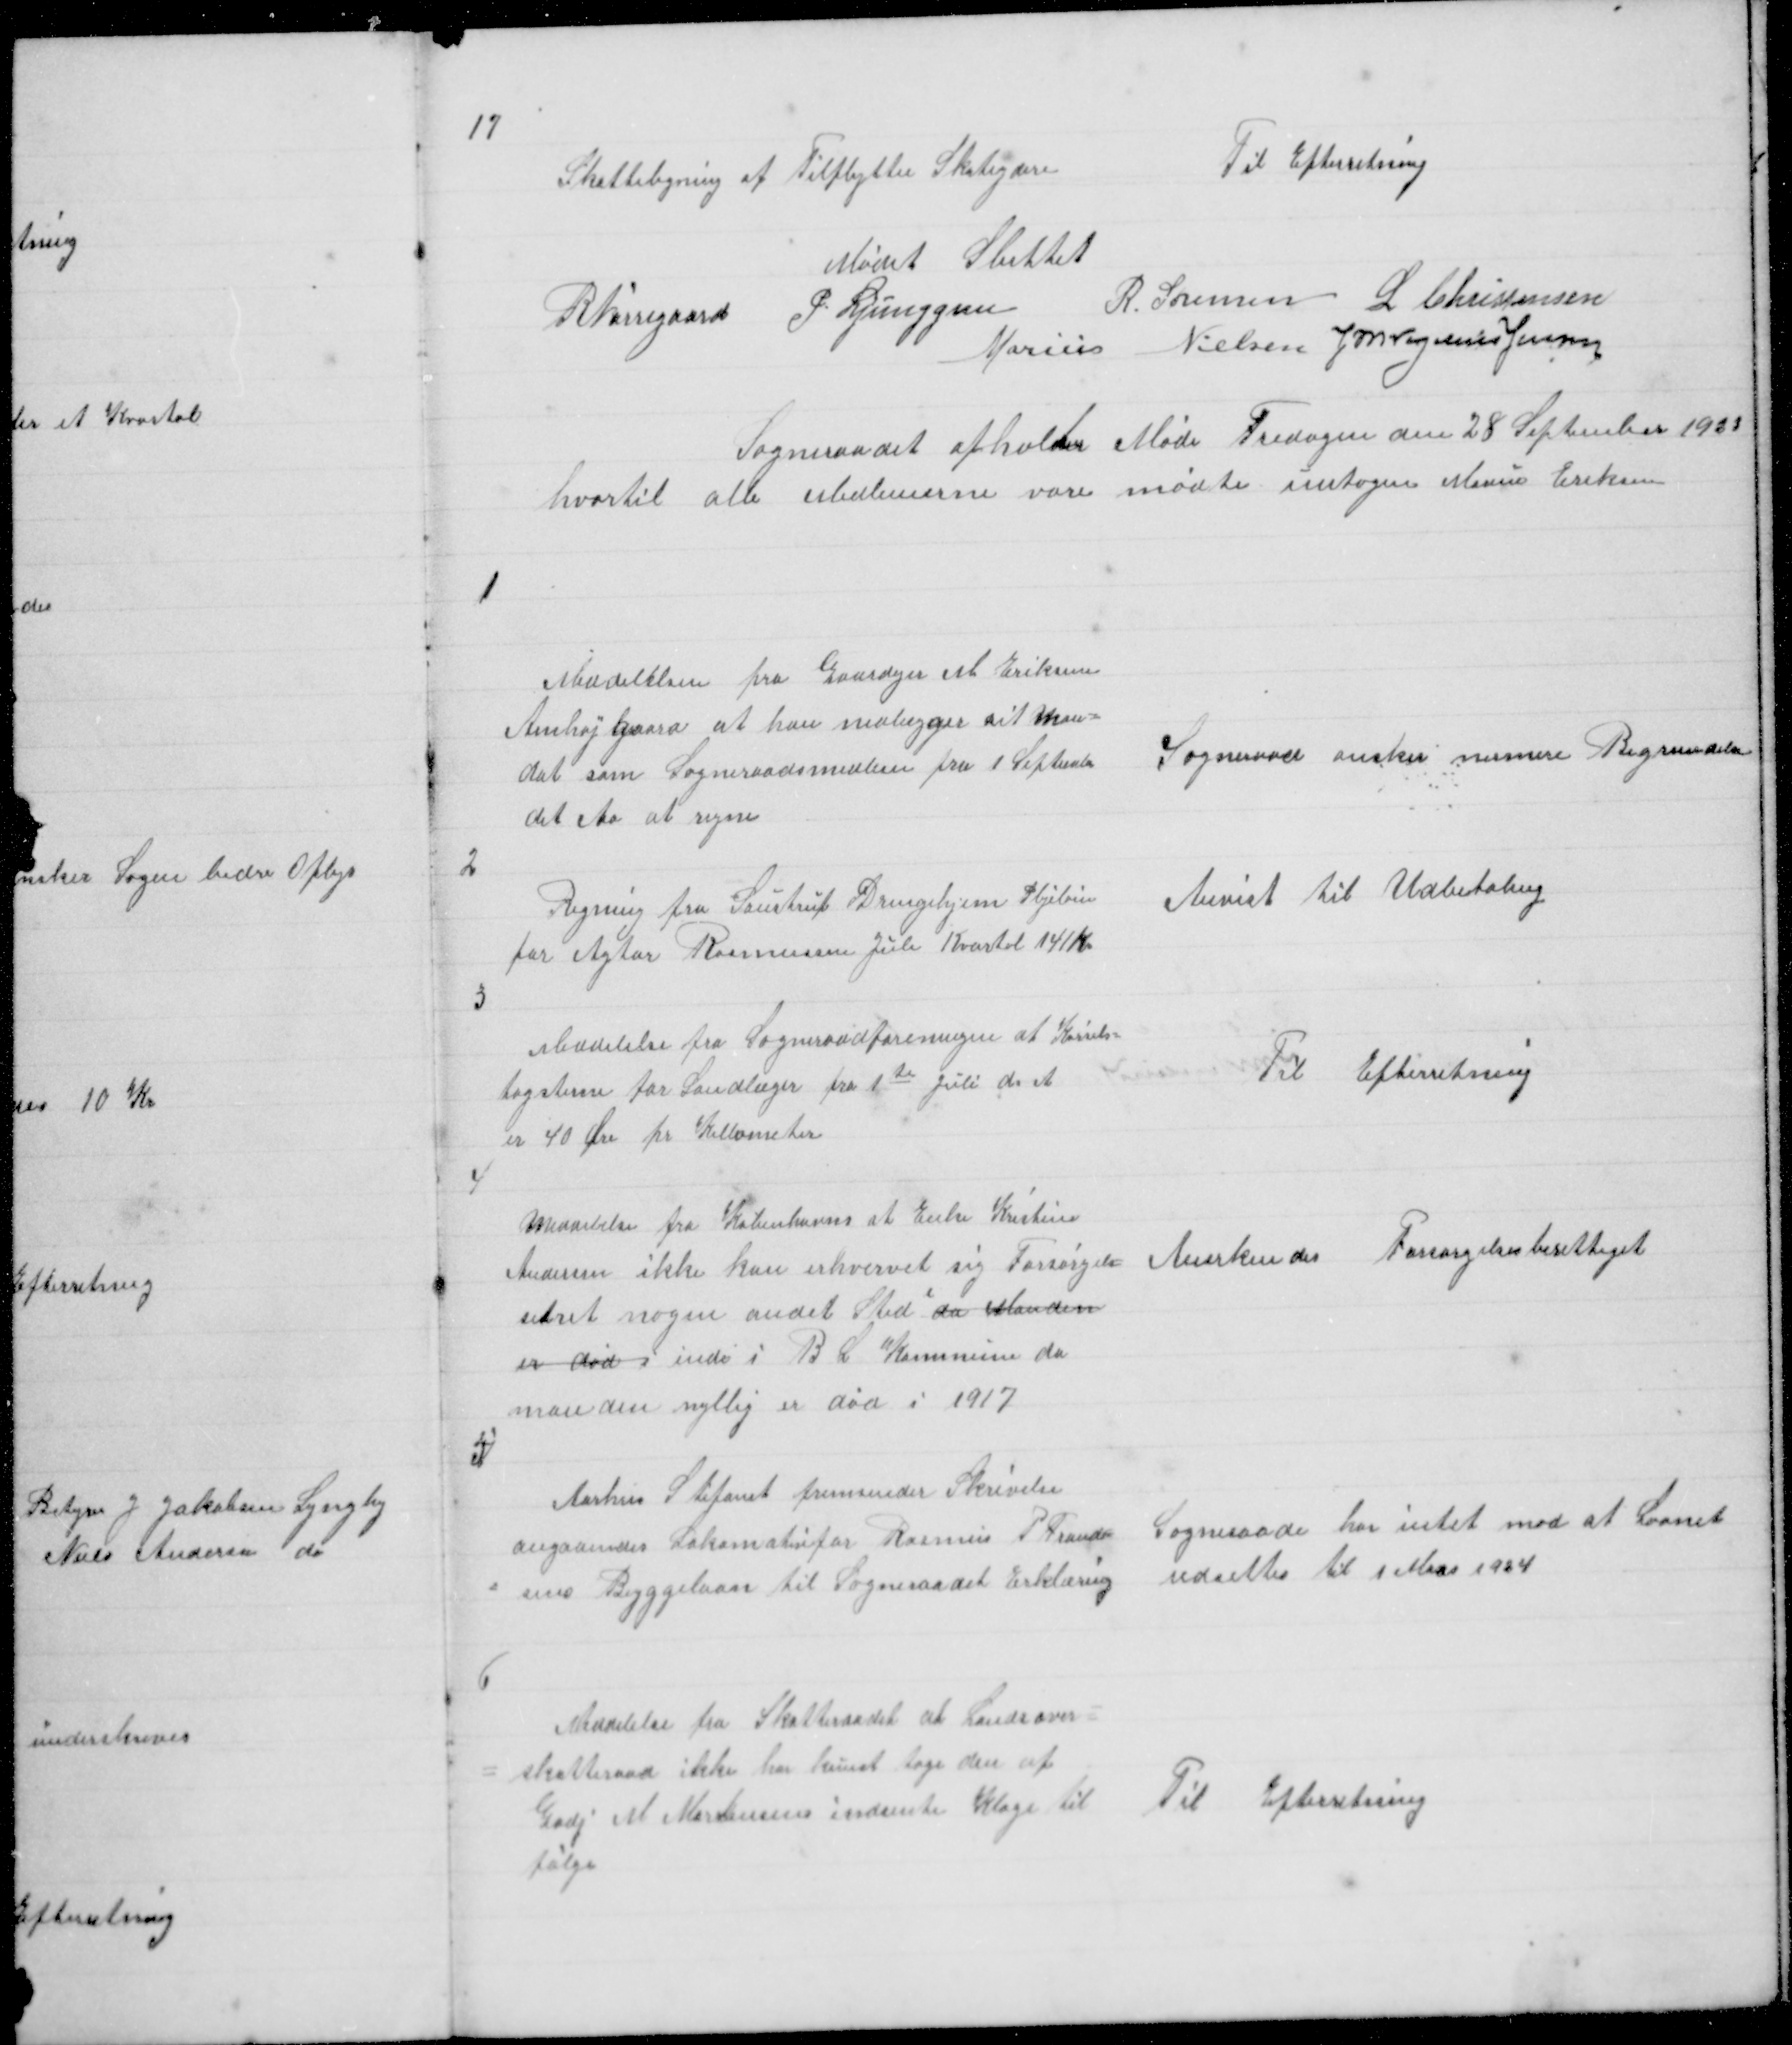
Transskription:
17

Skatteligning af Tilflytter Skateydere

Til Efterretning

Mødet Sluttet
R Nørregaard
P. Ljunggren
R. Sørensen L Christensen
Marius Nielsen J M Vogelius Jielsen

Sogneraadet afholder Møde Fredagen den 28 September 1923
hvortil alle Medlemerne vare mødte untagen Marius Eriksen

1

Meddelelsen fra Gaardejer M Eriksen 
Anhøjgaard at han nedlægger sit Man =
dat som Sogneraadsmedlem fra 1 September
det Aa at regne

Sogneraad ønsker nærmere Begrundelse

2

Regning fra Saustrup Drengehjem Plejeløn
for Agtor Rasmussen Juli Kvartal 141 Kr

Anvist til Udbetaling

3

Meddelelse fra Sogneraadforeningen at Kørsels =
tagsterne for Landlæger fra 1te Juli d A
er 40 Øre pr Killometer

Til Efterretning

4

Meddelelse fra Københavns at Enke Kristine
Andersen ikke kan erhvervet sig Forsørgels=
setret nogen andet Sted da Manden
er død i inde i B L Kommune da
manden nyllig er død i 1917

Anerkendes Forsørgelsesberettiget

5

Aarhus Stifamt fremsender Skrivelse
angaaendes Lokomotivfør Rasmus P Frand=
= sens Byggelaan til Sogneraadets Erklæring

Sogneraade har intet mod at Laanet
udsettes til 1 Mars 1924

6
Meddelelse fra Skatteraadet at Landsover =
= skatteraad ikke har kunnet tage den af
Gdj M Mortensens indsente Klage til
følge

Til Efterretning